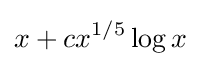
x+cx^{1/5}\log x